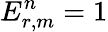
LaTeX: E_{r,m}^{n}=1